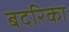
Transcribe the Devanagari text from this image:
बदरिका